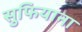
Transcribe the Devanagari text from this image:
सुफियाना